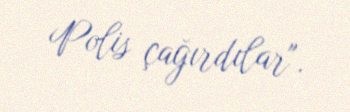
Polis çağırdılar".